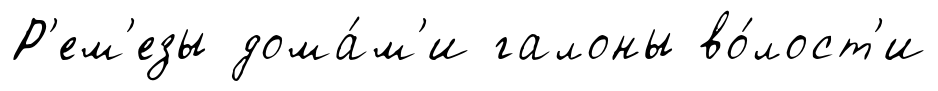
Р'ем'езы дома́м'и галоны во́лост'и